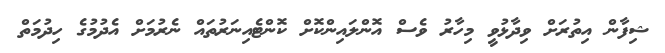
ޝިފާން އިތުރަށް ވިދާޅުވީ މިހާރު ވެސް އޮންލައިންކޮށް ކޮންޓެއިނަރުތައް ނެރުމަށް އެދުމުގެ ހިދުމަތް